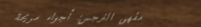
مقهى النرجس: أجواء مريحة